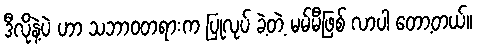
ဒီလိုနဲ့ပဲ ဟာ သဘာဝတရားက ပြုလုပ် ခဲ့တဲ့ မမ်မီဖြစ် လာပါ တော့တယ်။